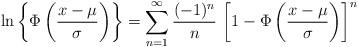
LaTeX: \begin{align*}&\ln\left\{\Phi\left( \frac{x-\mu}{\sigma}\right)\right\}=\sum_{n=1}^{\infty}\frac{(-1)^n}{n}\,\left[1-\Phi\left( \frac{x-\mu}{\sigma}\right)\right]^n\end{align*}